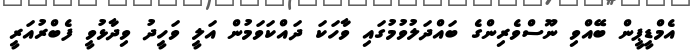
އެމްޑީޕީން ބޭއްވި ނޫސްވެރިންގެ ބައްދަލުވުމުގައި ވާހަކަ ދައްކަވަމުން އަލީ ވަހީދު ވިދާޅުވީ ފެބްރުއަރީ